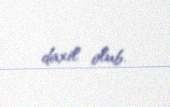
daxil olub.